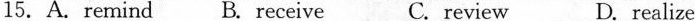
15. A.remind B. receive C. review D. realize